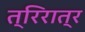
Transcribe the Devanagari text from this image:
त्रिरात्र